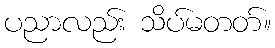
ပညာလည်း သိပ်မတတ်။